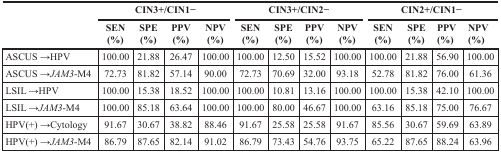
| <ROWSPAN=2>  | <COLSPAN=4> CIN3+/CIN1− | <COLSPAN=4> CIN3+/CIN2− | <COLSPAN=4> CIN2+/CIN1− |
 | SEN (%) | SPE (%) | PPV (%) | NPV (%) | SEN (%) | SPE (%) | PPV (%) | NPV (%) | SEN (%) | SPE (%) | PPV (%) | NPV (%) |
 | --- | --- | --- | --- | --- | --- | --- | --- | --- | --- | --- | --- | --- |
 | ASCUS →HPV | 100.00 | 21.88 | 26.47 | 100.00 | 100.00 | 12.50 | 15.52 | 100.00 | 100.00 | 21.88 | 56.90 | 100.00 |
 | ASCUS →JAM3-M4 | 72.73 | 81.82 | 57.14 | 90.00 | 72.73 | 70.69 | 32.00 | 93.18 | 52.78 | 81.82 | 76.00 | 61.36 |
 | LSIL →HPV | 100.00 | 15.38 | 18.52 | 100.00 | 100.00 | 10.81 | 13.16 | 100.00 | 100.00 | 15.38 | 42.10 | 100.00 |
 | LSIL →JAM3-M4 | 100.00 | 85.18 | 63.64 | 100.00 | 100.00 | 80.00 | 46.67 | 100.00 | 63.16 | 85.18 | 75.00 | 76.67 |
 | HPV(+) →Cytology | 91.67 | 30.67 | 38.82 | 88.46 | 91.67 | 25.58 | 25.58 | 91.67 | 85.56 | 30.67 | 59.69 | 63.89 |
 | HPV(+) →JAM3-M4 | 86.79 | 87.65 | 82.14 | 91.02 | 86.79 | 73.43 | 54.76 | 93.75 | 65.22 | 87.65 | 88.24 | 63.96 |